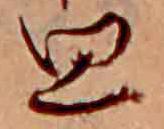
思